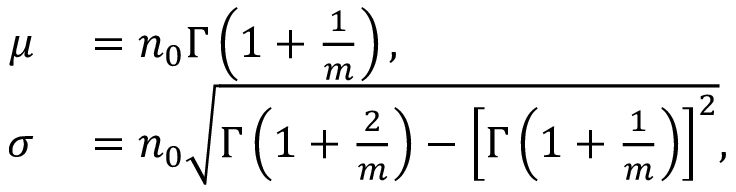
\begin{array} { r l } { \mu } & { { } = n _ { 0 } \Gamma \left( 1 + \frac { 1 } { m } \right) , } \\ { \sigma } & { { } = n _ { 0 } \sqrt { \Gamma \left( 1 + \frac { 2 } { m } \right) - \left[ \Gamma \left( 1 + \frac { 1 } { m } \right) \right] ^ { 2 } } , } \end{array}